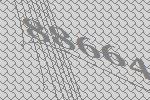
88664